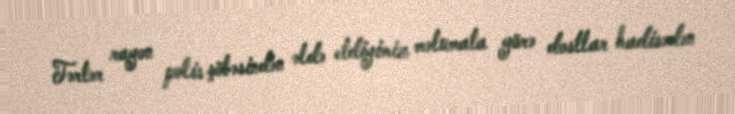
Tərtər rayon polis şöbəsindən əldə etdiyimiz məlumata görə dostlar hadisədən